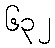
၆၃၂